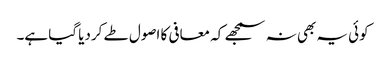
کوئی یہ بھی نہ سمجھے کہ معافی کا اصول طے کردیا گیا ہے۔